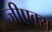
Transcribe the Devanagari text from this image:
जीएक्स